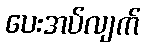
ပေးအပ်လျက်